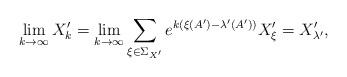
LaTeX: \begin{align*}\lim_{k \rightarrow \infty} X'_k &= \lim_{k \rightarrow \infty} \sum_{\xi \in \Sigma_{X'}} e^{k(\xi(A')-\lambda'(A'))} X'_\xi = X'_{\lambda'},\end{align*}